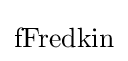
\mathrm {fFredkin}